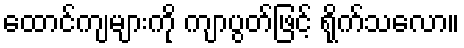
ထောင်ကျများကို ကျာပွတ်ဖြင့် ရိုက်သလော။